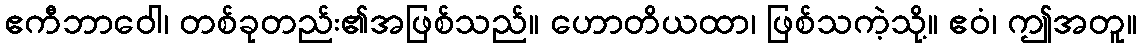
ဧကီဘာဝေါ၊ တစ်ခုတည်း၏အဖြစ်သည်။ ဟောတိယထာ၊ ဖြစ်သကဲ့သို့။ ဧဝံ၊ ဤအတူ။